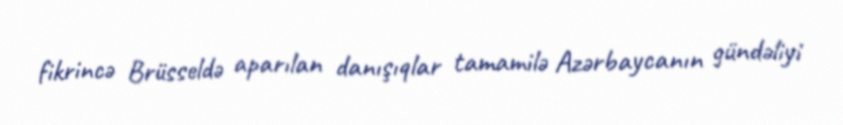
fikrincə Brüsseldə aparılan danışıqlar tamamilə Azərbaycanın gündəliyi